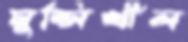
মুন্সিখীল